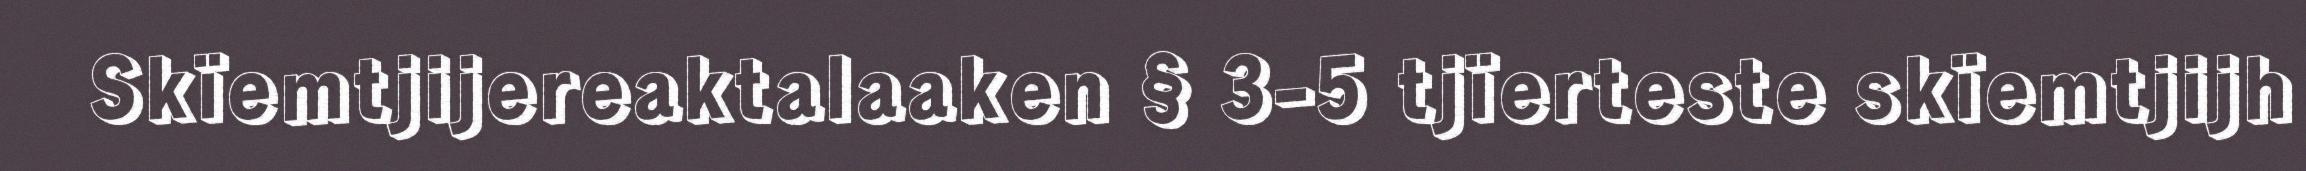
Skïemtjijereaktalaaken § 3-5 tjïerteste skïemtjijh